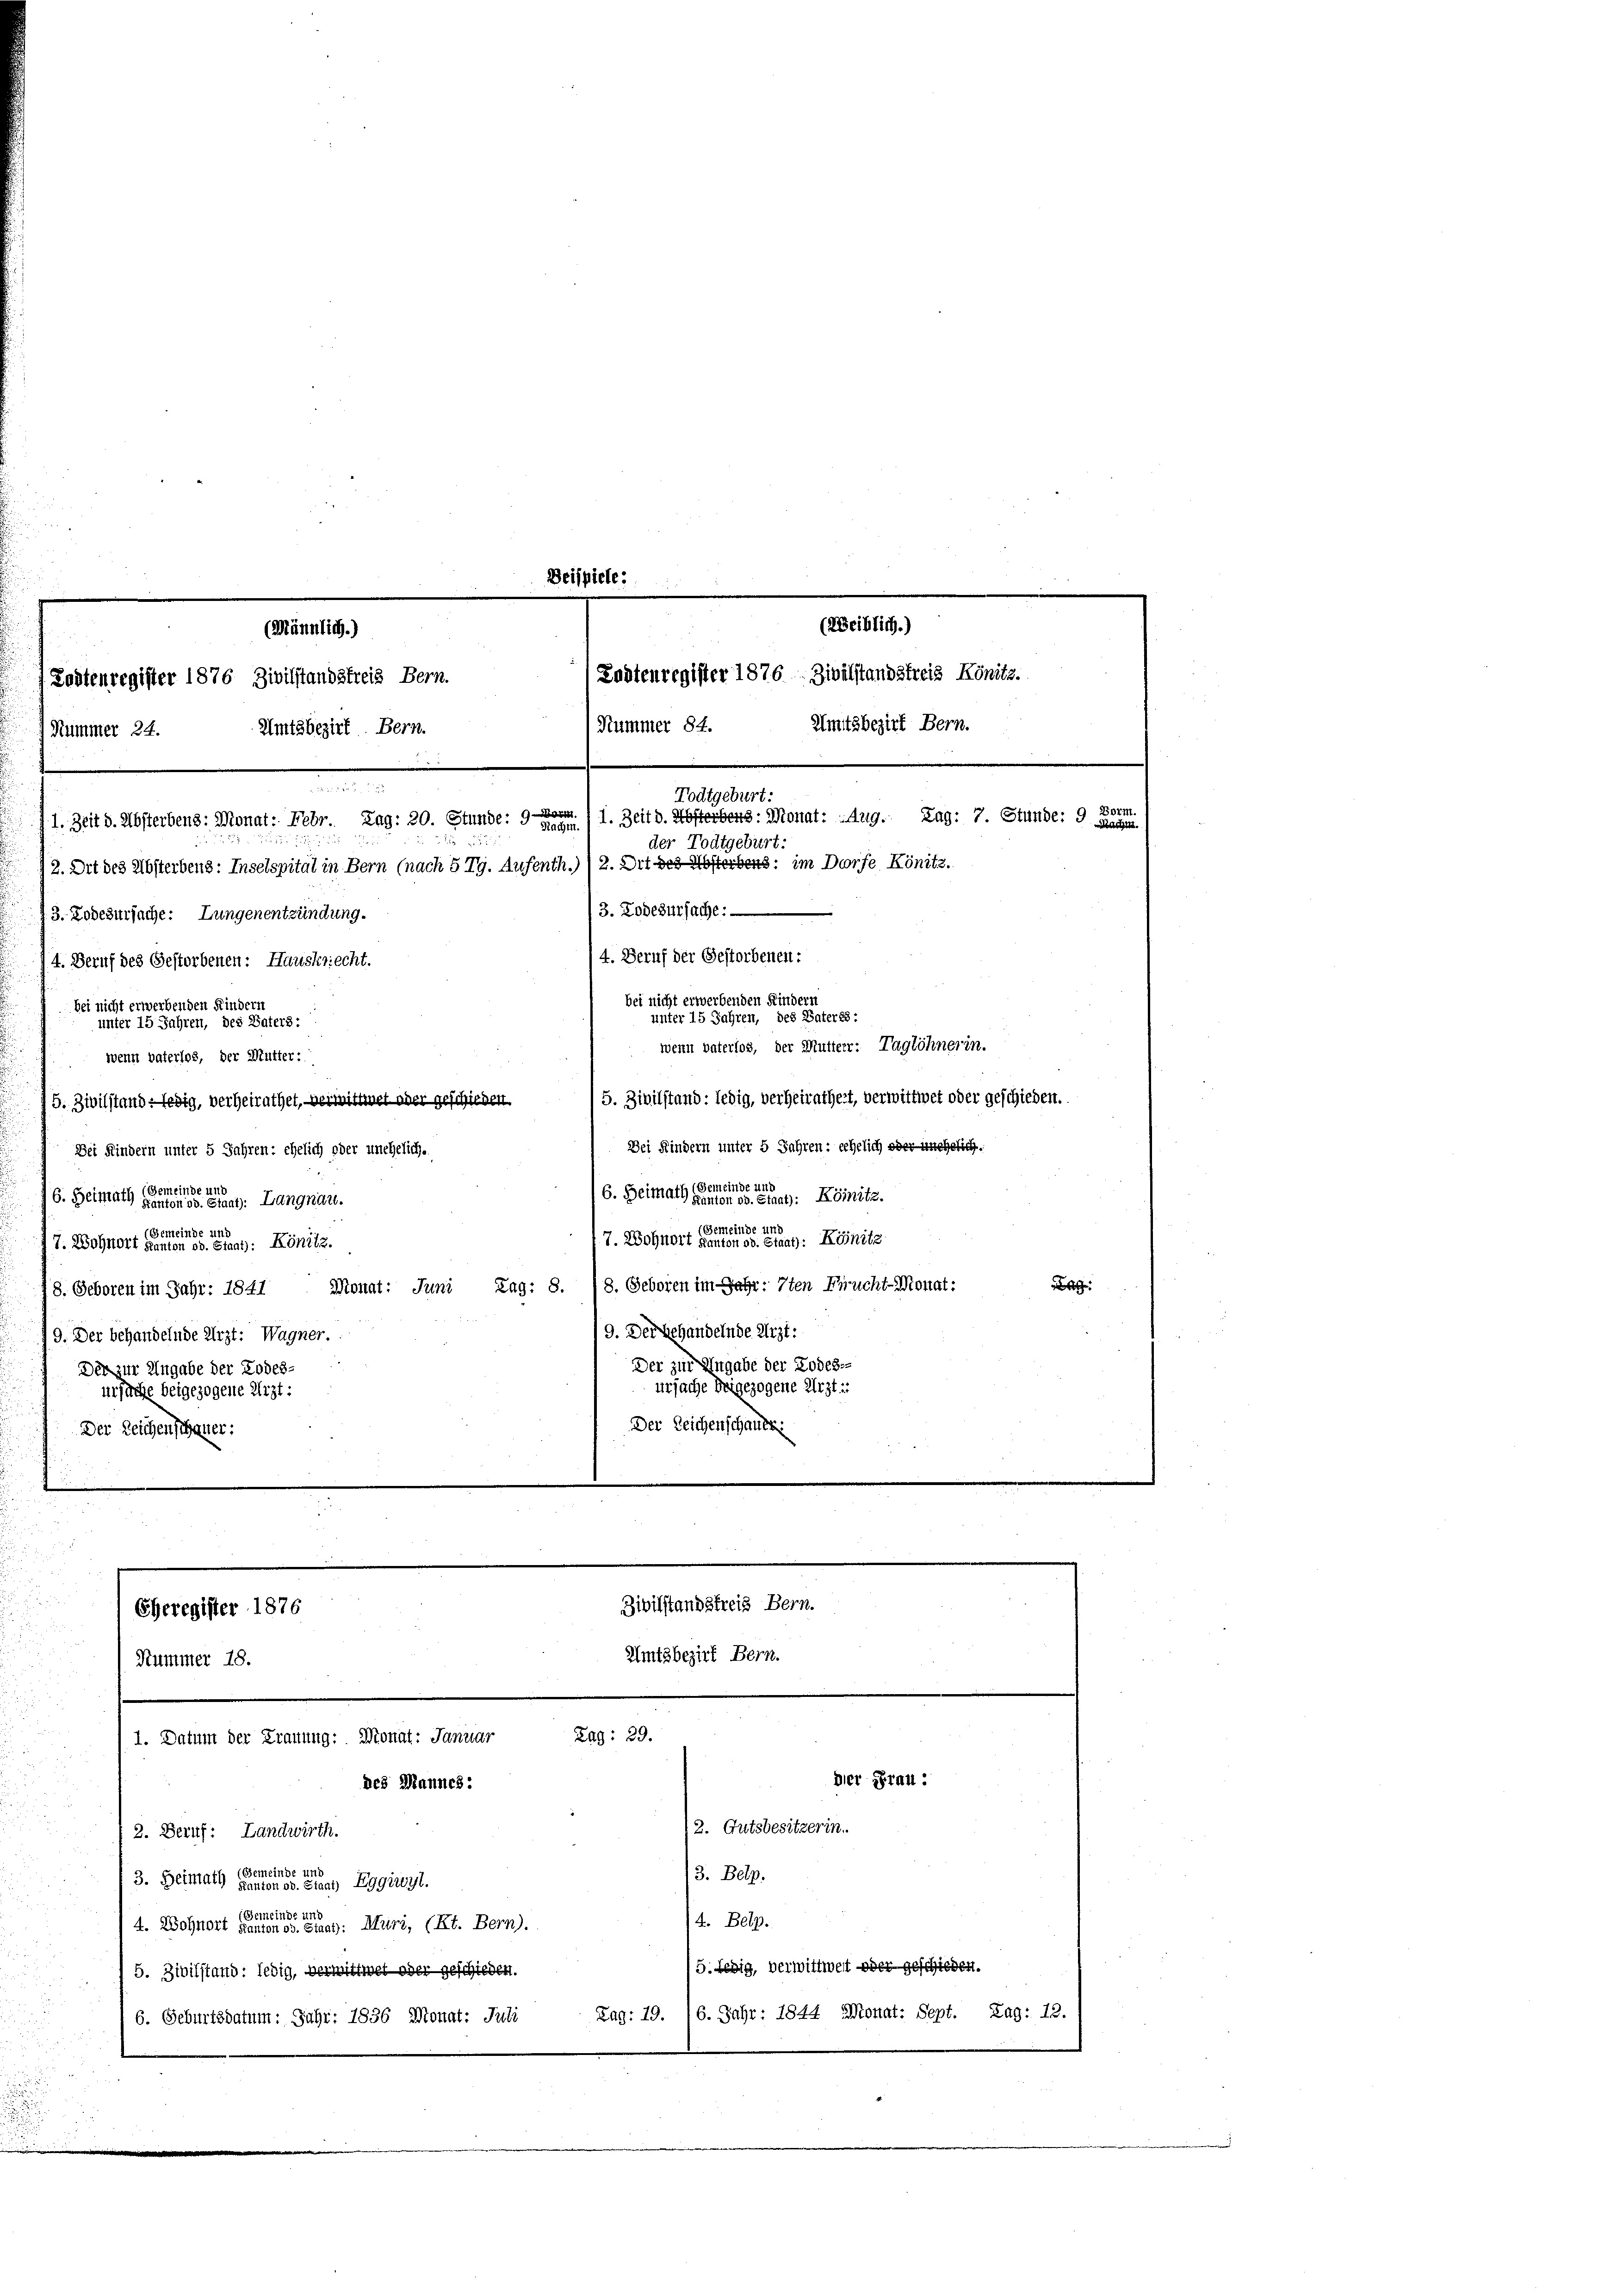
Beispiele:
(Weiblich.)
(Männlich.)
(Ladtenregister 1876 Zivilstandstreis Könitz.
Zodtenregister 1876 Zivilstandstreis Bern.
Nummer 84. Amtsbezirk Bern.
 Nummer 24. Amtsbezirk. Bern.
Todtgeburt:
1. Zeit d. Absterbens: Monat: Febr. Zag: 20. Stunde: 9 - 1. Zeit d. Kosterberts: Monat: Aug. Zag: 7. Stunde: de
der Todtgeburt:
2. Ort des Absterbens: Inselspital in Bern (nach 5 Ty. Aufenth.)) 2. Dit des Absterbens: im Dorfe Könitz.

3. Todesursache: Lungenentzündung.
4. Beruf der Gestorbenen:
14. Beruf des Gestorbenen: Hauskriecht.
bei nicht erwerbenden Kindern
bei nicht erwerbenden Kindern
unter 15 Jahren, des Vaterss:
unter 15 Jahren, des Vaters:
wenn vaterlos, der Mutterr. Taglöhnerin.
wenn vaterlos, der Mutter:
75. Zivilstand -Ledig, verheirathet, vermittet aber geschieben. / 5. Zivilstand: ledig, verheirathert, verwittwet oder geschieden.
Dei Kindern unter 5 Jahren: eehelich oder unehelich.
Dei Kindern unter 5 Jahren: ehelich oder unehelich.
6. Heimath der eine Kemnitz.
6. Heimath einer eine Langnau.
7. Wohnort der eine er seiner Könite
77. Wohnort der eine des Könitz
Monat: Juni Zag: 8. 18. Geboren im Jahr: 7ten Frucht-Monat:
8. Geboren im Jahr: 1847
/9. Der Behandelnde Arzt:
79. Der behandelnde Arzt: Wagner.
Der zur Angabe der Todes-
Der zur Angabe der Todesursache beigezogene Arzt ::
ursache beigezogene Mizt:
Der Leichenschause.
Der Leichenschauer.

Eheregister 1876

h
des Mannes:

Hummer 18.
2. Beruf: Landwirth.
3. Heimath der Eggiunt.
4. Wohnort eine eine eine ag. Muri, (Kt. Bern).
5. Zivilstand: ledig, vermittwer ober geschieden.
/6. Geburtsdatum: Juhr: 1836 Monat: Juli

3. Todesursache:

Zivilstandstreis Bern.

Amtsbezirk Bern.

Rad: 29.
Der Frau:
2. Gutsbesitzerin.
/3. Belp.
4. Belp.
5. Ledig, verwittwert oder geschieden.
Lag: 19. 16. Jahr: 1844 Monat: Sept. Lag: 12.

a